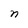
Character: n